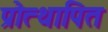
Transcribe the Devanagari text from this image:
प्रोत्थापित